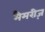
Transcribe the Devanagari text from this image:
मैमरीज़